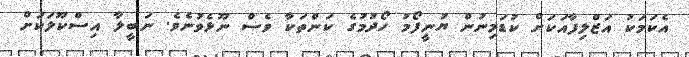
އެކަމަކު އަޒްލިފާއަކަށް ކުޑަމިނުން ޔުނީފޯމު ހޯދުމުގެ ކަންތަކާ ވެސް ނޫޅެވުނެވެ. ނަބީލާ އިސްކޫލަކަށް